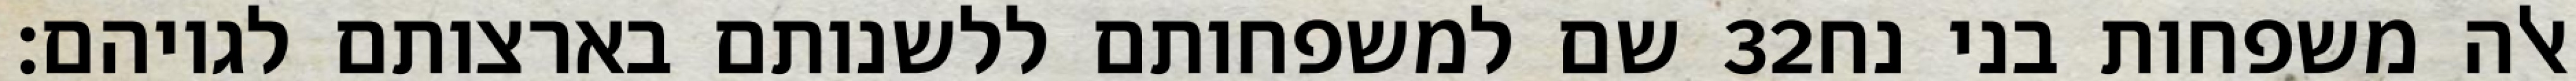
שם למשפחותם ללשנותם בארצותם לגויהם׃ ‎32‏ אלה משפחות בני נח